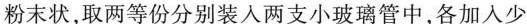
粉末状，取两等份分别装入两支小玻璃管中，各加入少